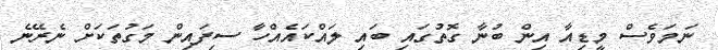
ނަމަވެސް މީޑިއާ އިން ބުނާ ގޮތުގައި ބައި ލައްކައެއްހާ ސިފައިން މަގުތަކަށް ނެރޭނެ